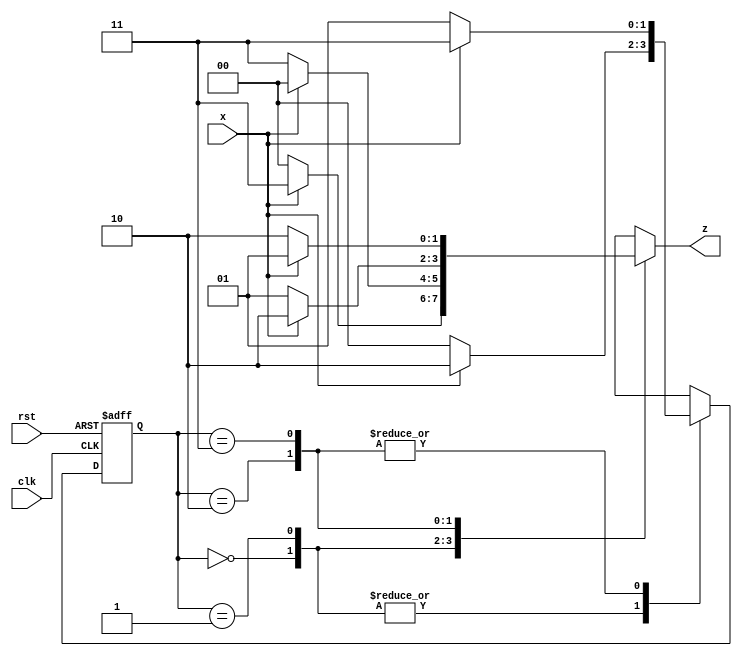
module conv_enc(input clk,
              input x,
              input rst,
               output reg [1:0] z);
  parameter S0=2'b00, S1=2'b01, S2=2'b010, S3=2'b11;
  reg [1:0] CS,NS;
  
  always @(posedge clk or posedge rst)
    begin
      if (rst) CS<=S0;
      else CS<=NS;
    end
  always @(CS or x)
    case(CS)
      S0:begin
        NS<=x?S2:S0;
        z<=x?S3:S0;
      end
      S1:begin
        NS<=x?S2:S0;
        z<=x?S0:S3;
      end
      S2:begin
        NS<=x?S3:S1;
        z<=x?S2:S1;
      end
      S3:begin
        NS<=x?S3:S1;
        z<=x?S1:S2;
      end
      endcase
endmodule